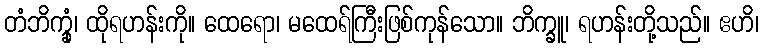
တံဘိက္ခုံ၊ ထိုရဟန်းကို။ ထေရော၊ မထေရ်ကြီးဖြစ်ကုန်သော။ ဘိက္ခူ၊ ရဟန်းတို့သည်။ ဧဟိ၊